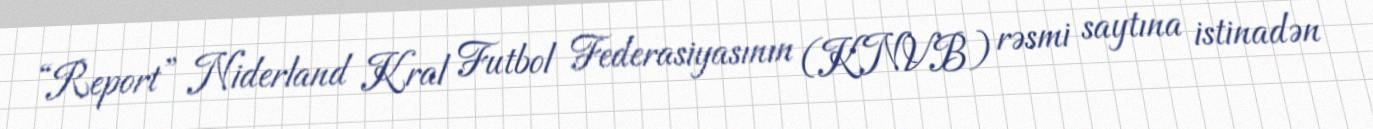
“Report” Niderland Kral Futbol Federasiyasının (KNVB) rəsmi saytına istinadən